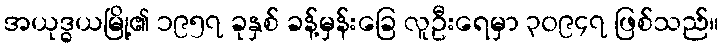
အယုဒ္ဓယမြို့၏ ၁၉၅၇ ခုနှစ် ခန့်မှန်းခြေ လူဦးရေမှာ ၃၀၉၄၇ ဖြစ်သည်။